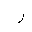
Letter: _ra